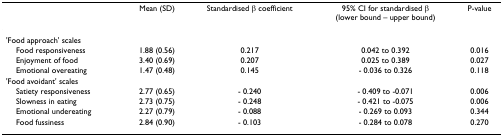
<table><thead><tr><td></td><td><b>Mean (SD)</b></td><td><b>Standardised β coefficient</b></td><td><b>95% CI for standardised β(lower bound – upper bound)</b></td><td><b>P-value</b></td></tr></thead><tbody><tr><td>&#x27;Food approach&#x27; scales</td><td></td><td></td><td></td><td></td></tr><tr><td> Food responsiveness</td><td>1.88 (0.56)</td><td>0.217</td><td>0.042 to 0.392</td><td>0.016</td></tr><tr><td> Enjoyment of food</td><td>3.40 (0.69)</td><td>0.207</td><td>0.025 to 0.389</td><td>0.027</td></tr><tr><td> Emotional overeating</td><td>1.47 (0.48)</td><td>0.145</td><td>- 0.036 to 0.326</td><td>0.118</td></tr><tr><td>&#x27;Food avoidant&#x27; scales</td><td></td><td></td><td></td><td></td></tr><tr><td> Satiety responsiveness</td><td>2.77 (0.65)</td><td>- 0.240</td><td>- 0.409 to -0.071</td><td>0.006</td></tr><tr><td> Slowness in eating</td><td>2.73 (0.75)</td><td>- 0.248</td><td>- 0.421 to -0.075</td><td>0.006</td></tr><tr><td> Emotional undereating</td><td>2.27 (0.79)</td><td>- 0.088</td><td>- 0.269 to 0.093</td><td>0.344</td></tr><tr><td> Food fussiness</td><td>2.84 (0.90)</td><td>- 0.103</td><td>- 0.284 to 0.078</td><td>0.270</td></tr></tbody></table>